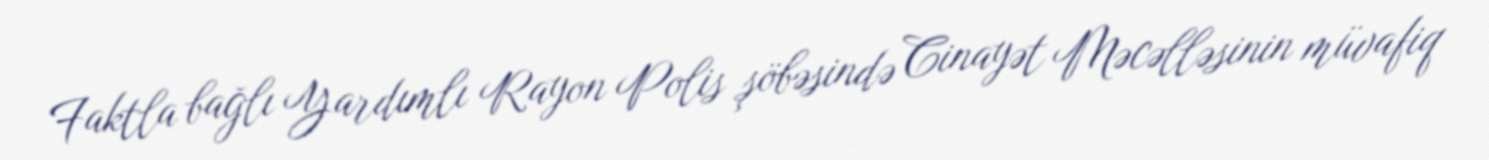
Faktla bağlı Yardımlı Rayon Polis şöbəsində Cinayət Məcəlləsinin müvafiq